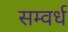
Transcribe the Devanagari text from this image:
सम्वर्ध